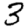
Digit: 3